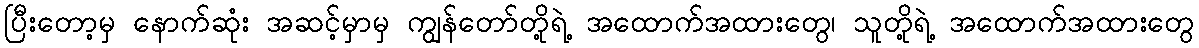
ပြီးတော့မှ နောက်ဆုံး အဆင့်မှာမှ ကျွန်တော်တို့ရဲ့ အထောက်အထားတွေ၊ သူတို့ရဲ့ အထောက်အထားတွေ